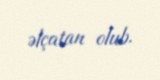
əlçatan olub.